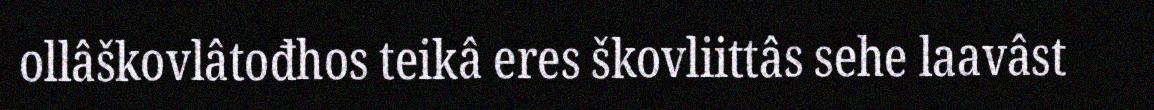
ollâškovlâtođhos teikâ eres škovliittâs sehe laavâst